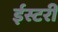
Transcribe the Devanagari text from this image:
ईस्टरी